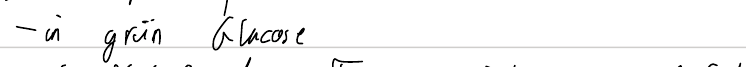
- in grün Glucose